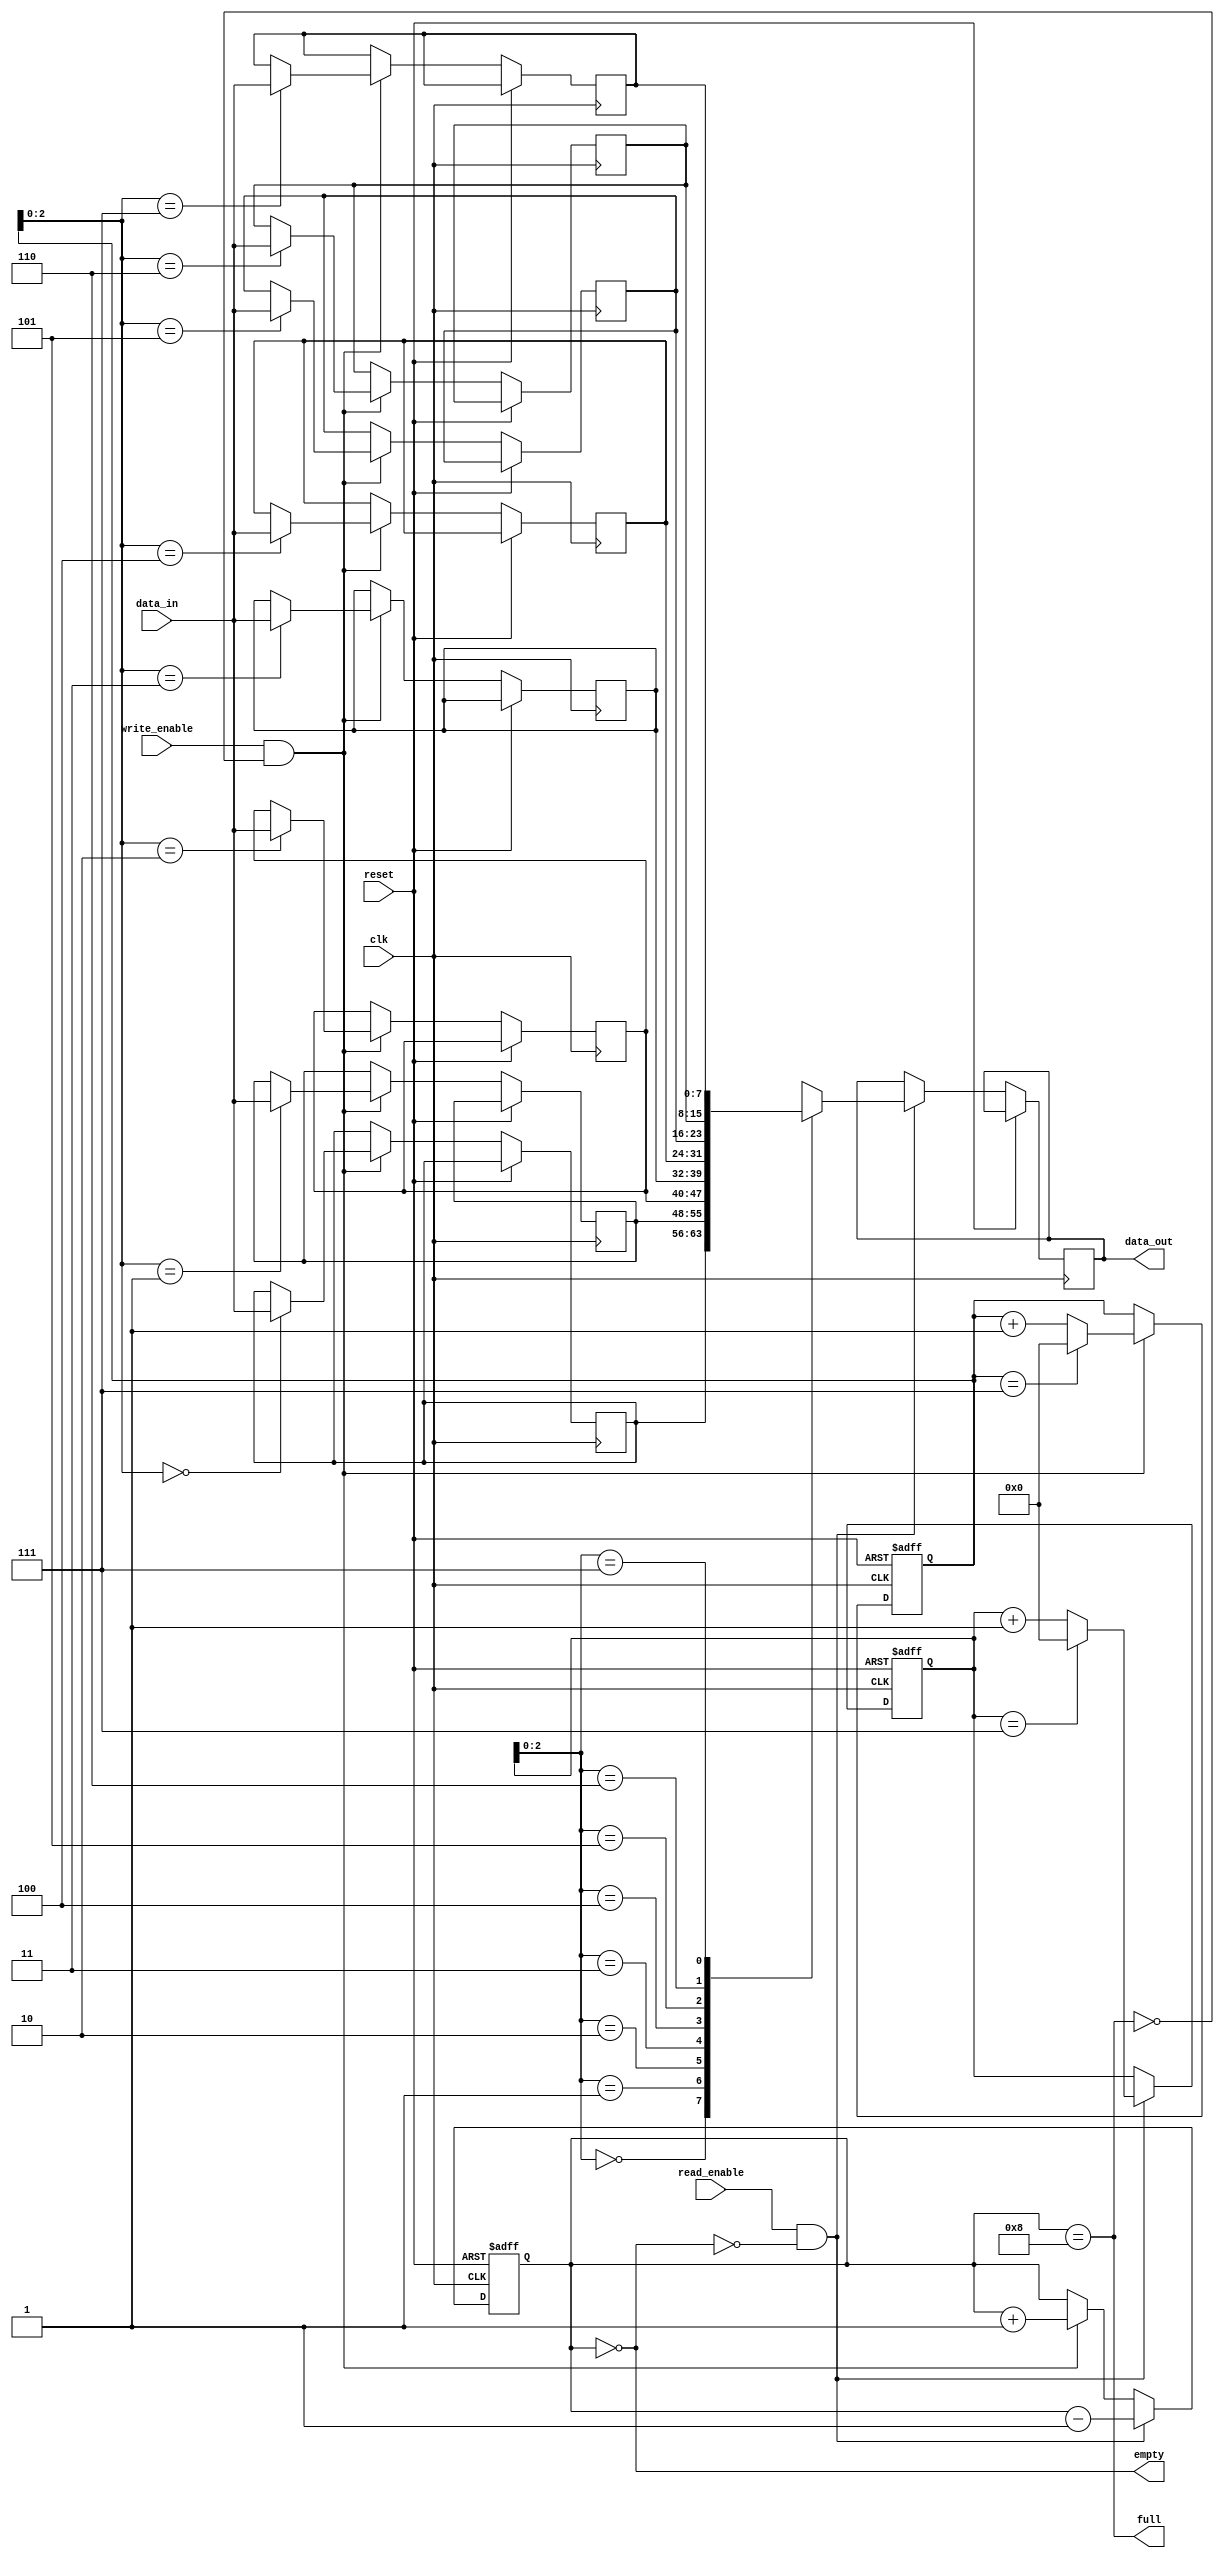
module fifo (
    input wire clk,
    input wire reset,
    input wire write_enable,
    input wire read_enable,
    input wire [7:0] data_in,
    output wire [7:0] data_out,
    output wire empty,
    output wire full
);

parameter depth = 8; // Depth of the FIFO

reg [7:0] fifo[0:depth-1];
reg [3:0] head = 0;
reg [3:0] tail = 0;
reg [3:0] count = 0;

assign empty = (count == 0);
assign full = (count == depth);

always @(posedge clk or posedge reset) begin
    if (reset) begin
        head <= 0;
        tail <= 0;
        count <= 0;
    end else begin
        if (write_enable && !full) begin
            fifo[tail] <= data_in;
            count <= count + 1;
            tail <= (tail == depth-1) ? 0 : tail + 1;
        end
        if (read_enable && !empty) begin
            data_out <= fifo[head];
            count <= count - 1;
            head <= (head == depth-1) ? 0 : head + 1;
        end
    end
end

endmodule